Code of medical and sanitary regulations for the guidance of medical officers serving in the Madras Presidency - Volume II
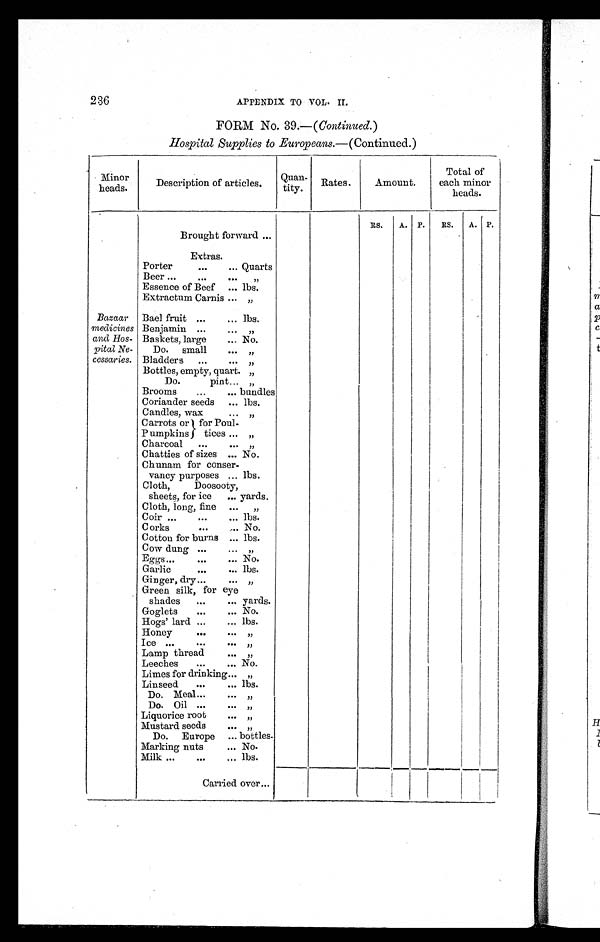
236
APPENDIX TO VOL. II.
FORM No. 39.—( Continued. )
Hospital Supplies to Europeans. —(Continued.)
Minor
heads.
Description of articles.
Quan-
tity.
Rates.
Amount.
Total of
each minor
heads.
RS.
A.
P.
RS.
A.
P.
Brought forward ...
Extras.
Porter
... . . .
Quarts
Beer ...
...
. . .
„
Essence of Beef
. . .
lbs.
Extractum Carnis ... „
Bazaar
medicines
and Hos-
pital Ne-
cessaries.
Bael fruit ...
... lbs.
Benjamin ...
. . .
„
Baskets, large
... No.
Do. small
. . .
„
Bladders
..
. . . „
Bottles, empty, quart. „
Do. pint ... „
Broom
...
... bundles
Coriander seeds
... lbs.
Candles, wax
. . .
„
Carrots or for Poul-
tices... „
Pumpkins
„
Charcoal
...
. . .
„
Chatties of sizes ... No.
Chunam for conser-
vancy purposes ... lbs.
Cloth, Doosooty,
sheets, for ice
... yards.
Cloth, long, fine
...
„
Coir ...
...
... lbs.
Corks
...
.... No.
Cotton for burns ... lbs.
Cow dung ...
... ”
Eggs. . . .
...
... No.
Garlic
...
... lbs.
Ginger, dry...
. . . „
Green silk, for eye
shades
...
... yards.
Goglets
...
... No.
Hogs' lard...
... lbs.
Honey
...
. . . „
Ice ...
...
. . . „
Lamp thread
. . . „
Leeches
...
... No.
Limes for drinking ... „
Linseed
...
... lbs.
Do. Meal ...
„
Do. Oil...
. . . „
Liquorice root
. . . „
Mustard seeds
. . .
„
Do. Europe
... bottles.
Marking nuts
... No.
Milk ...
...
... lbs.
Carried over...